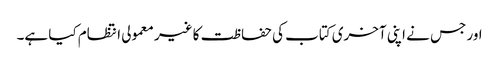
اور جس نے اپنی آخری کتاب کی حفاظت کا غیر معمولی انتظام کیا ہے۔